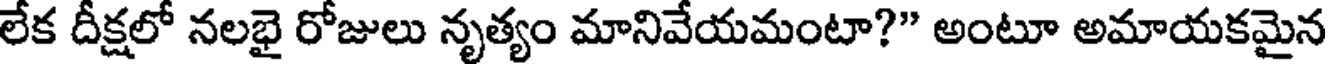
లేక దీక్షలో నలభై రోజులు నృత్యం మానివేయమంటా?" అంటూ అమాయకమైన